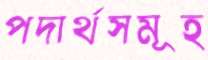
পদার্থসমূহ